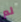
لم